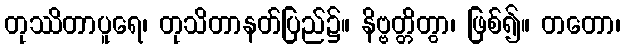
တုဿိတာပူရေ၊ တုသိတာနတ်ပြည်၌။ နိဗ္ဗတ္တိတွာ၊ ဖြစ်၍။ တတော၊